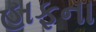
હાફના